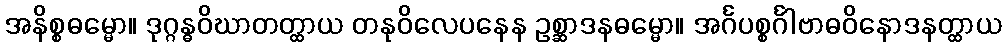
အနိစ္စဓမ္မော။ ဒုဂ္ဂန္ဓဝိဃာတတ္ထာယ တနုဝိလေပနေန ဥစ္ဆာဒနဓမ္မော။ အင်္ဂပစ္စင်္ဂါဗာဓဝိနောဒနတ္ထာယ